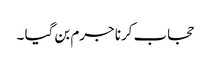
حجاب کرنا جرم بن گیا ۔